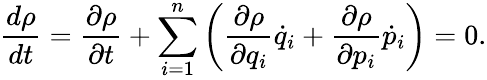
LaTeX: {\frac{d\rho}{dt}}={\frac{\partial\rho}{\partial t}}+\sum_{i=1}^{n}\left({\frac{\partial\rho}{\partial q_{i}}}{\dot{q}}_{i}+{\frac{\partial\rho}{\partial p_{i}}}{\dot{p}}_{i}\right)=0.